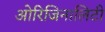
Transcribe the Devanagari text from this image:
ओरिजिनालिटी